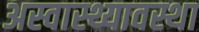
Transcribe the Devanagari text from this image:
अस्वास्थ्यावस्था